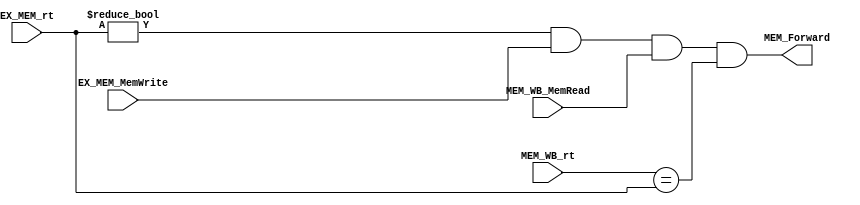
module MEM_Forwarding(
        EX_MEM_rt,
        EX_MEM_MemWrite,
        MEM_WB_MemRead,
        MEM_WB_rt,
        MEM_Forward
    );

    input [4:0] EX_MEM_rt, MEM_WB_rt;
    input EX_MEM_MemWrite, MEM_WB_MemRead;
    output MEM_Forward;
    
    assign MEM_Forward = (EX_MEM_rt!=0 && EX_MEM_MemWrite && MEM_WB_MemRead && MEM_WB_rt==EX_MEM_rt);

endmodule